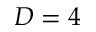
D = 4